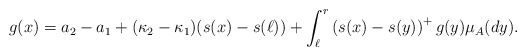
\begin{align*}g(x)=a_2-a_1 + (\kappa_2-\kappa_1)(s(x)-s(\ell)) +\int_{\ell}^r\left(s(x)-s(y)\right)^+ g(y)\mu_A(dy).\end{align*}